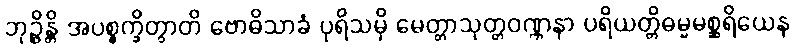
ဘုဉ္ဇိန္တိ အပစ္စက္ခိတွာတိ ဗောဓိသာခံ ပုရိသမှိ မေတ္တာသုတ္တဝဏ္ဏနာ ပရိယတ္တိဓမ္မမစ္ဆရိယေန